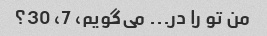
من تو را در... می‌گویم، 7، 30؟